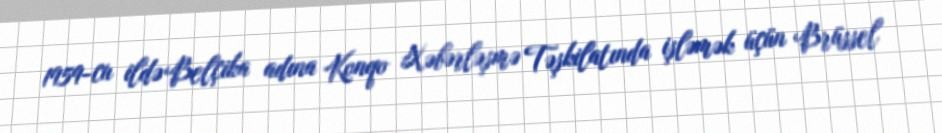
1959-cu ildə Belçika adına Konqo Xəbərləşmə Təşkilatında işləmək üçün Brüssel